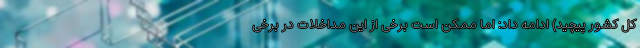
کل کشور پیچید) ادامه داد: اما ممکن است برخی از این مداخلات در برخی